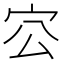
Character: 㝐